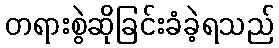
တရားစွဲဆိုခြင်းခံခဲ့ရသည်